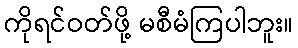
ကိုရင်ဝတ်ဖို့ မစီမံကြပါဘူး။